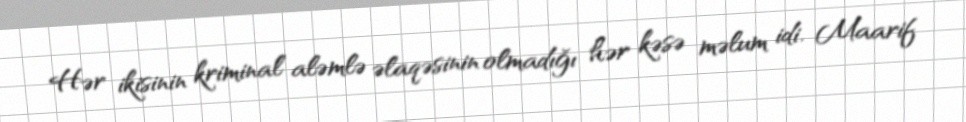
Hər ikisinin kriminal aləmlə əlaqəsinin olmadığı hər kəsə məlum idi. Maarif